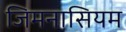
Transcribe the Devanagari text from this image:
जिमनासियम